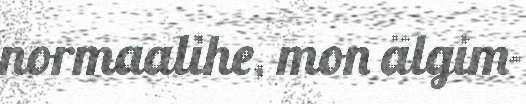
normaalihe, mon älgim-